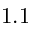
1 . 1